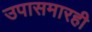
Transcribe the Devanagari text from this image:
उपासमारही